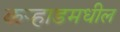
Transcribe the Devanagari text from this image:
कर्‍हाडमधील